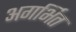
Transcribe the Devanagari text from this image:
अगर्भित